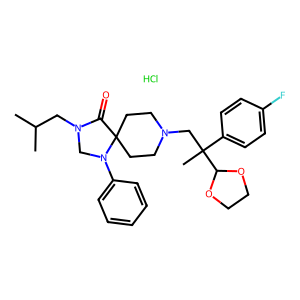
SMILES: CC(C)CN1CN(c2ccccc2)C2(CCN(CC(C)(c3ccc(F)cc3)C3OCCO3)CC2)C1=O.Cl
Inhibits HIV replication: No